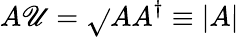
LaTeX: A\mathscr{U}={\sqrt{}{{AA^{\dagger}}}}\equiv|A|